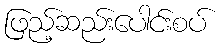
ဖြည့်ဆည်းပေါင်းစပ်